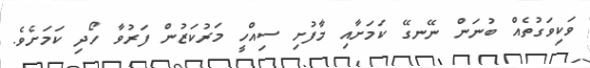
ވަކިވަގުތެއް ބުނަން ނޭނގޭ ކަމަށާއި މާފުށި ސިއްހީ މަރުކަޒުން ފަރުވާ ހޯދި ކަމަށެވެ.